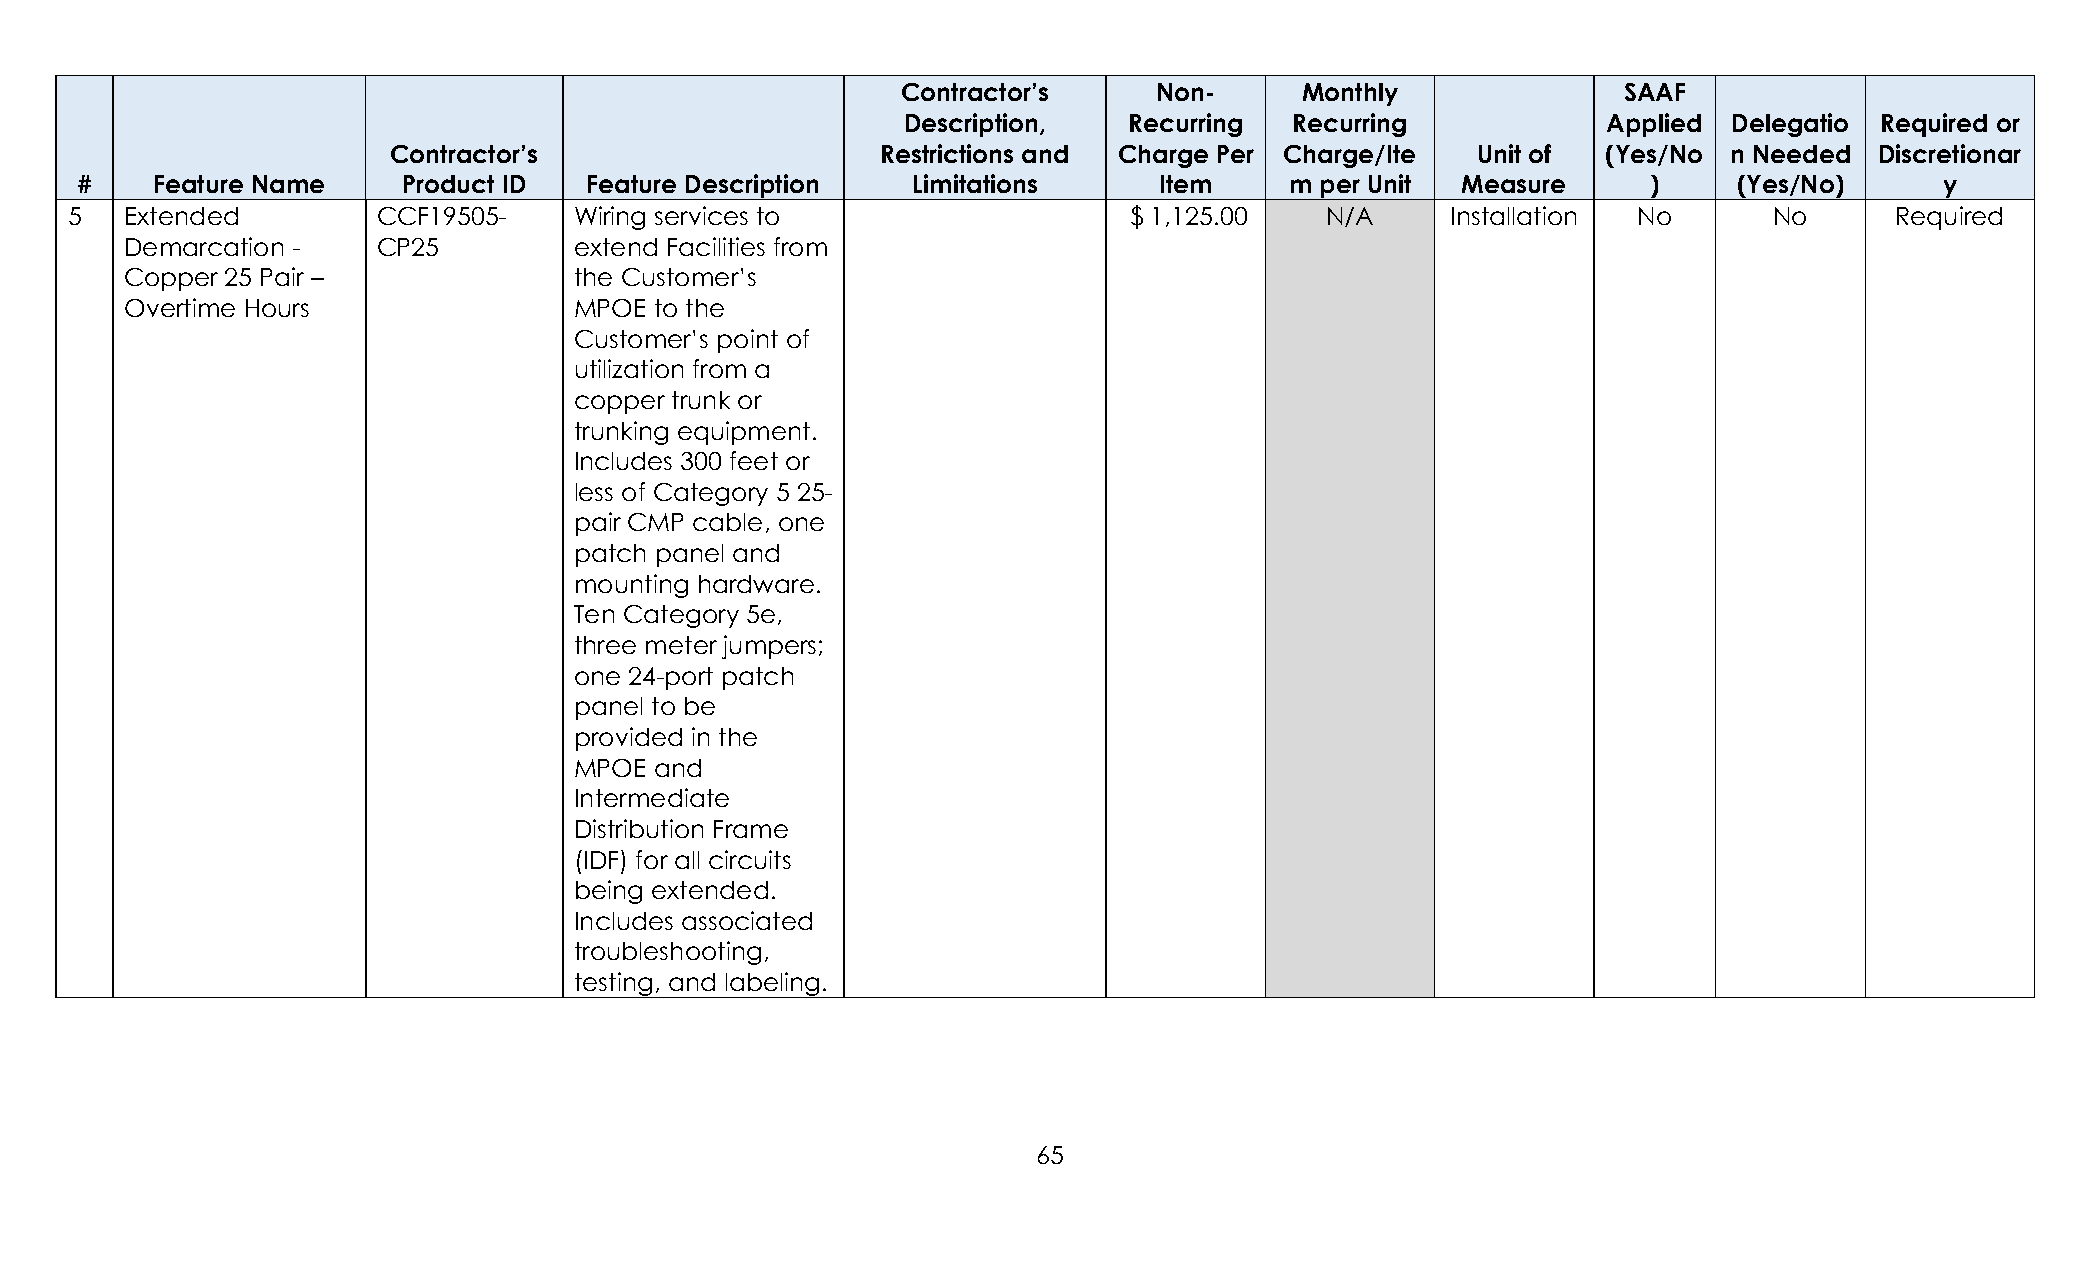
Contractor’s     Non-     Monthly              SAAF
 Description,   Recurring  Recurring           Applied  Delegatio Required or
 Contractor’s                    Restrictions and Charge Per Charge/Ite  Unit of (Yes/No  n Needed Discretionar
 #    Feature Name     Product ID  Feature Description  Limitations      Item    m per Unit  Measure     )     (Yes/No)      y
 5   Extended         CCF19505-    Wiring services to                   $ 1,125.00   N/A     Installation No      No      Required
 Demarcation -    CP25         extend Facilities from
 Copper 25 Pair –              the Customer’s
 Overtime Hours                MPOE to the
 Customer’s point of
 utilization from a
 copper trunk or
 trunking equipment.
 Includes 300 feet or
 less of Category 5 25-
 pair CMP cable, one
 patch panel and
 mounting hardware.
 Ten Category 5e,
 three meter jumpers;
 one 24-port patch
 panel to be
 provided in the
 MPOE and
 Intermediate
 Distribution Frame
 (IDF) for all circuits
 being extended.
 Includes associated
 troubleshooting,
 testing, and labeling.
 65